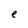
Character: e